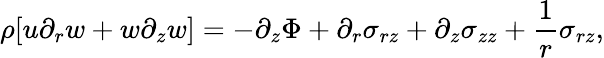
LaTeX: \rho[u\partial_{r}{w}+w\partial_{z}{w}]=-\partial_{z}\Phi+\partial_{r}\sigma_{rz}+\partial_{z}\sigma_{zz}+\frac{1}{r}\sigma_{rz},